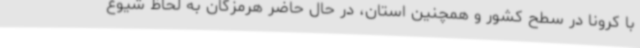
با کرونا در سطح کشور و همچنین استان، در حال حاضر هرمزگان به لحاظ شیوع